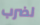
لضرب